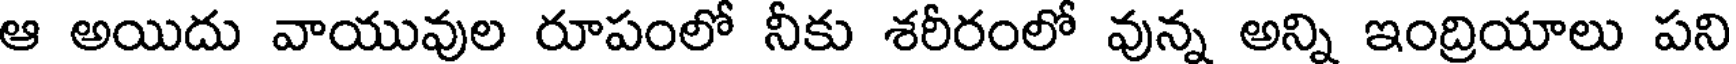
ఆ అయిదు వాయువుల రూపంలో నీకు శరీరంలో వున్న అన్ని ఇంద్రియాలు పని